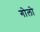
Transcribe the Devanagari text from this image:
गोलो